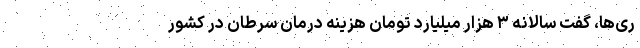
ری‌ها، گفت سالانه ۳ هزار میلیارد تومان هزینه درمان سرطان در کشور